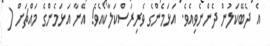
އެ ދެބޭކަލުން ދެންނެވިއެވެ. އަޅަމެންގެ ވެރިރަސްކަލާކޯއެވެ! އޭނާ އަޅަމެންގެ މައްޗަށް (